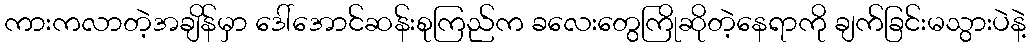
ကားကလာတဲ့အချိန်မှာ ဒေါ်အောင်ဆန်းစုကြည်က ခလေးတွေကြိုဆိုတဲ့နေရာကို ချက်ခြင်းမသွားပဲနဲ့